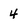
Character: 4